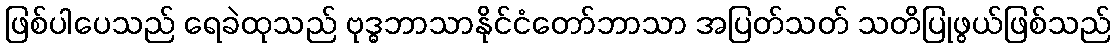
ဖြစ်ပါပေသည် ရေခဲထုသည် ဗုဒ္ဓဘာသာနိုင်ငံတော်ဘာသာ အပြတ်သတ် သတိပြုဖွယ်ဖြစ်သည်